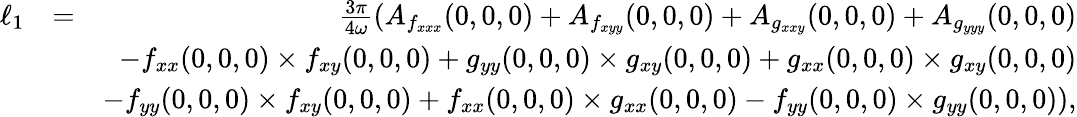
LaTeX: \begin{array}{rlr}{\ell_{1}}&{=}&{\frac{3\pi}{4\omega}(A_{f_{xxx}}(0,0,0)+A_{f_{xyy}}(0,0,0)+A_{g_{xxy}}(0,0,0)+A_{g_{yyy}}(0,0,0)}\\ &{}&{-f_{xx}(0,0,0)\times f_{xy}(0,0,0)+g_{yy}(0,0,0)\times g_{xy}(0,0,0)+g_{xx}(0,0,0)\times g_{xy}(0,0,0)}\\ &{}&{-f_{yy}(0,0,0)\times f_{xy}(0,0,0)+f_{xx}(0,0,0)\times g_{xx}(0,0,0)-f_{yy}(0,0,0)\times g_{yy}(0,0,0)),}\end{array}